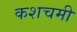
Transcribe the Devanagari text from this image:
कशचमी